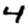
Digit: 4